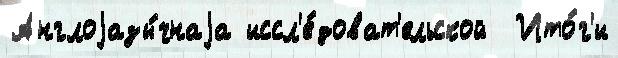
Англоjазы́чнаjа иссл'е́доват'ельской  Ито́г'и